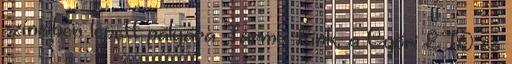
színeiben lépett pályára Tarmo Kink, a Győri ETO és